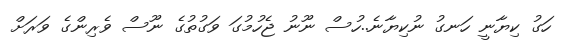
ހަގު ކިޔާނީ ހަނގު ނުކިޔާނެ..ހުސް ނޫނު ޖެހުމުގަ ވަގުތުގެ ނޫސް ވެރިންގެ ވަރަށް